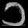
Digit: ၁